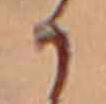
か